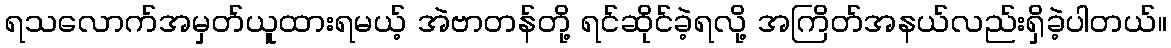
ရသလောက်အမှတ်ယူထားရမယ့် အဲဗာတန်တို့ ရင်ဆိုင်ခဲ့ရလို့ အကြိတ်အနယ်လည်းရှိခဲ့ပါတယ်။